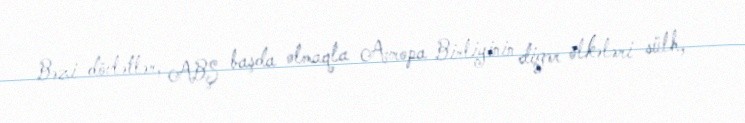
Bəzi dövlətlər, ABŞ başda olmaqla Avropa Birliyinin digər ölkələri sülh,